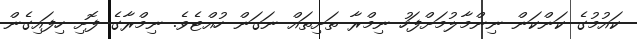
ކައުމުގެ ކަންކަން ނިންމާލުމަށްފަހު ނިމްރާ ތަށިތައް ނަގަން ހުއްޓެވެ. ނިމްރާގެ ފޮށި ހިފައިގެން